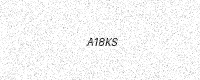
Text: A18KS